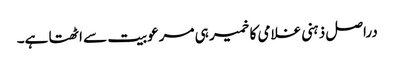
دراصل ذہنی غلامی کا خمیر ہی مرعوبیت سے اٹھتا ہے۔